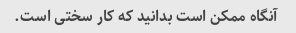
آنگاه ممکن است بدانید که کار سختی است.